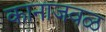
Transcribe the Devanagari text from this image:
कानाजवळ